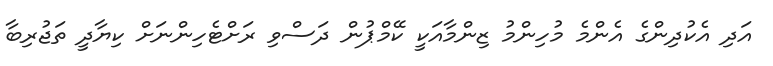
އަދި އެކުދިންގެ އެންމެ މުހިންމު ޒިންމާއަކީ ކޭމްޕުން ދަސްވި ރަށްޓެހިންނަށް ކިޔާދީ ތަޖުރިބާ